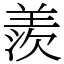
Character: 羨